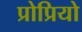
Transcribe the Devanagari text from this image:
प्रोप्रियो